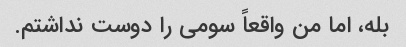
بله، اما من واقعاً سومی را دوست نداشتم.